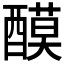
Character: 𨢢